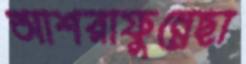
আশরাফুন্নেছা